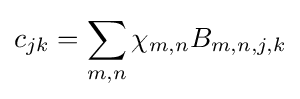
\displaystyle c_{jk}=\sum _{m,n}\chi _{m,n}B_{m,n,j,k}